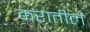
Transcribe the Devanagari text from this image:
करातील